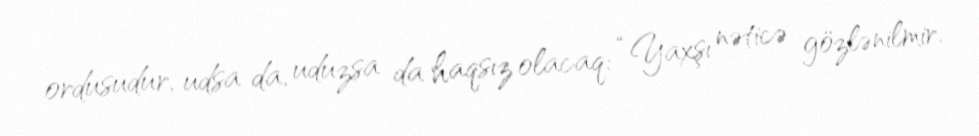
ordusudur, udsa da, uduzsa da haqsız olacaq: “Yaxşı nəticə gözlənilmir.